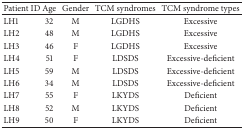
<table><thead><tr><td><b>Patient ID</b></td><td><b>Age</b></td><td><b>Gender</b></td><td><b>TCM syndromes</b></td><td><b>TCM syndrome types</b></td></tr></thead><tbody><tr><td>LH1</td><td>32</td><td>M</td><td>LGDHS</td><td>Excessive</td></tr><tr><td>LH2</td><td>48</td><td>M</td><td>LGDHS</td><td>Excessive</td></tr><tr><td>LH3</td><td>46</td><td>F</td><td>LGDHS</td><td>Excessive</td></tr><tr><td>LH4</td><td>51</td><td>F</td><td>LDSDS</td><td>Excessive-deficient</td></tr><tr><td>LH5</td><td>59</td><td>M</td><td>LDSDS</td><td>Excessive-deficient</td></tr><tr><td>LH6</td><td>34</td><td>M</td><td>LDSDS</td><td>Excessive-deficient</td></tr><tr><td>LH7</td><td>55</td><td>F</td><td>LKYDS</td><td>Deficient</td></tr><tr><td>LH8</td><td>52</td><td>M</td><td>LKYDS</td><td>Deficient</td></tr><tr><td>LH9</td><td>50</td><td>F</td><td>LKYDS</td><td>Deficient</td></tr></tbody></table>